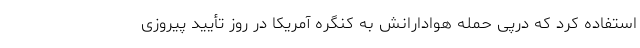
استفاده کرد که درپی حمله هوادارانش به کنگره آمریکا در روز تأیید پیروزی